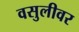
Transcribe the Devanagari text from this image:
वसुलीवर